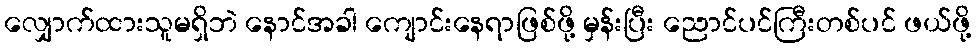
လျှောက်ထားသူမရှိဘဲ နောင်အခါ ကျောင်းနေရာဖြစ်ဖို့ မှန်းပြီး ညောင်ပင်ကြီးတစ်ပင် ဖယ်ဖို့